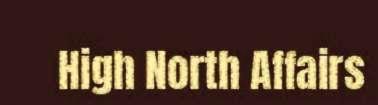
High North Affairs